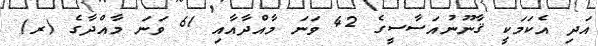
އަދި އެކަމަކީ ޤާނޫނުއަސާސީގެ 42 ވަނަ މާއްދާއާއި 61 ވަނަ މާއްދާގެ (ރ)